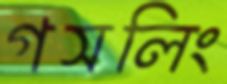
গসলিং